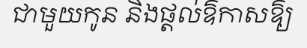
ជាមួយកូន និងផ្តល់ឱកាសឱ្យ